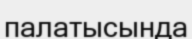
палатысында